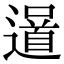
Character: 𨗓